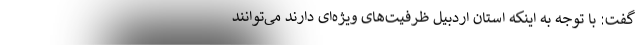
گفت: با توجه به اینکه استان‌ اردبیل ظرفیت‌های ویژه‌ای دارند می‌توانند